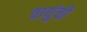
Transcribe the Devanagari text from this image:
वायुंची